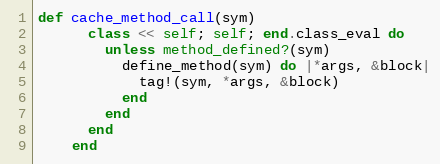
Language: Ruby
def cache_method_call(sym)
      class << self; self; end.class_eval do
        unless method_defined?(sym)
          define_method(sym) do |*args, &block|
            tag!(sym, *args, &block)
          end
        end
      end
    end